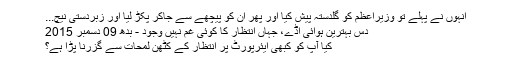
انہوں نے پہلے تو وزیراعظم کو گلدستہ پیش کیا اور پھر ان کو پیچھے سے جاکر پکڑ لیا اور زبردستی نیچ...
دس بہترین ہوائی اڈے، جہاں انتظار کا کوئی غم نہیں وجود - بدھ 09 دسمبر 2015
کیا آپ کو کبھی ایئرپورٹ پر انتظار کے کٹھن لمحات سے گزرنا پڑا ہے؟